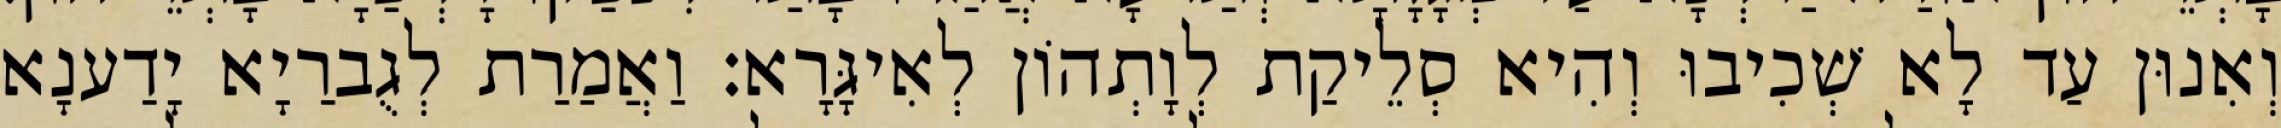
וְאִנוּן עַד לָא שְׁכִיבוּ וְהִיא סְלֵיקַת לְוָתְהוֹן לְאִיגָּרָא׃ וַאֲמַרַת לְגֻברַיָא יָדַענָא